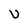
Character: U